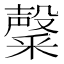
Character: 𮡑